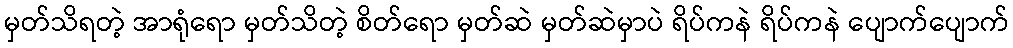
မှတ်သိရတဲ့ အာရုံရော မှတ်သိတဲ့ စိတ်ရော မှတ်ဆဲ မှတ်ဆဲမှာပဲ ရိပ်ကနဲ ရိပ်ကနဲ ပျောက်ပျောက်